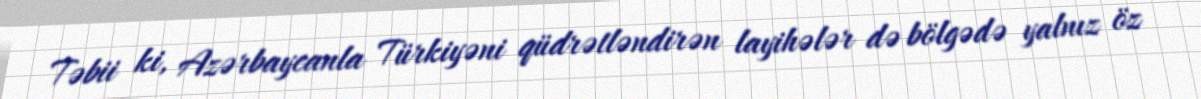
Təbii ki, Azərbaycanla Türkiyəni qüdrətləndirən layihələr də bölgədə yalnız öz